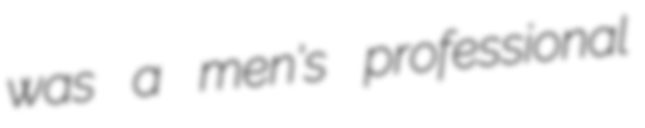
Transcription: was a men's professional